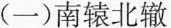
(一)南辕北辙